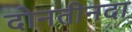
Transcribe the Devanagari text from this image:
दोनतीनदा